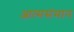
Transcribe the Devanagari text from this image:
आत्मसंमान